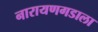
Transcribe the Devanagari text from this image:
नारायणगडाला